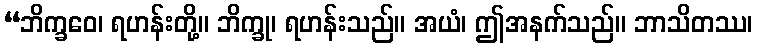
“ဘိက္ခဝေ၊ ရဟန်းတို့။ ဘိက္ခု၊ ရဟန်းသည်။ အယံ၊ ဤအနက်သည်။ ဘာသိတဿ၊